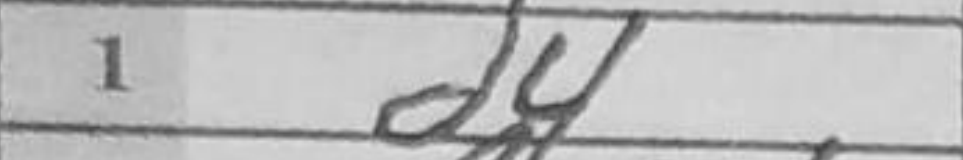
Transcription: d4